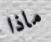
ماذا